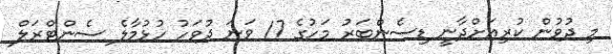
މި ދުވުން ކުރިއަށްދާނީ ޑިސެންބަރު މަހުގެ 17 ވަނަ ދުވަހު ހުޅުމާލެ ސެންޓްރަލް